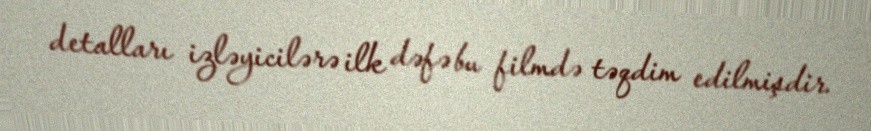
detalları izləyicilərə ilk dəfə bu filmdə təqdim edilmişdir.